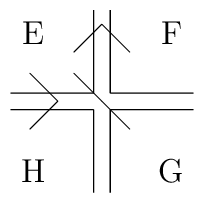
\raisebox{-33pt}{\begin{picture}(67.00,67.00)\put(1.00,37.00){\line(1,0){30.00}}\put(31.00,37.00){\line(0,1){30.00}}\put(37.00,67.00){\line(0,-1){30.00}}\put(37.00,37.00){\line(1,0){30.00}}\put(1.00,31.00){\line(1,0){30.00}}\put(31.00,31.00){\line(0,-1){30.00}}\put(37.00,1.00){\line(0,1){30.00}}\put(37.00,31.00){\line(1,0){30.00}}\put(8.00,44.00){\line(1,-1){10.00}}\put(18.00,34.00){\line(-1,-1){10.00}}\put(24.00,52.00){\line(1,1){10.00}}\put(34.00,62.00){\line(1,-1){10.00}}\put(9.00,59.00){\makebox(0,0)[cc]{E}}\put(59.00,59.00){\makebox(0,0)[cc]{F}}\put(59.00,9.00){\makebox(0,0)[cc]{G}}\put(9.00,9.00){\makebox(0,0)[cc]{H}}\put(24.00,44.00){\line(1,-1){20.00}}\end{picture}}